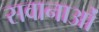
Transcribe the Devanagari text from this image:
सवानाओं